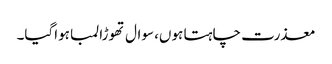
معذرت چاہتا ہوں، سوال تھوڑا لمبا ہواگیا۔